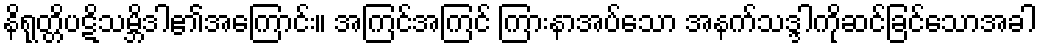
နိရုတ္တိပဋိသမ္ဘိဒါ၏အကြောင်း။ အကြင်အကြင် ကြားနာအပ်သော အနက်သဒ္ဒါကိုဆင်ခြင်သောအခါ